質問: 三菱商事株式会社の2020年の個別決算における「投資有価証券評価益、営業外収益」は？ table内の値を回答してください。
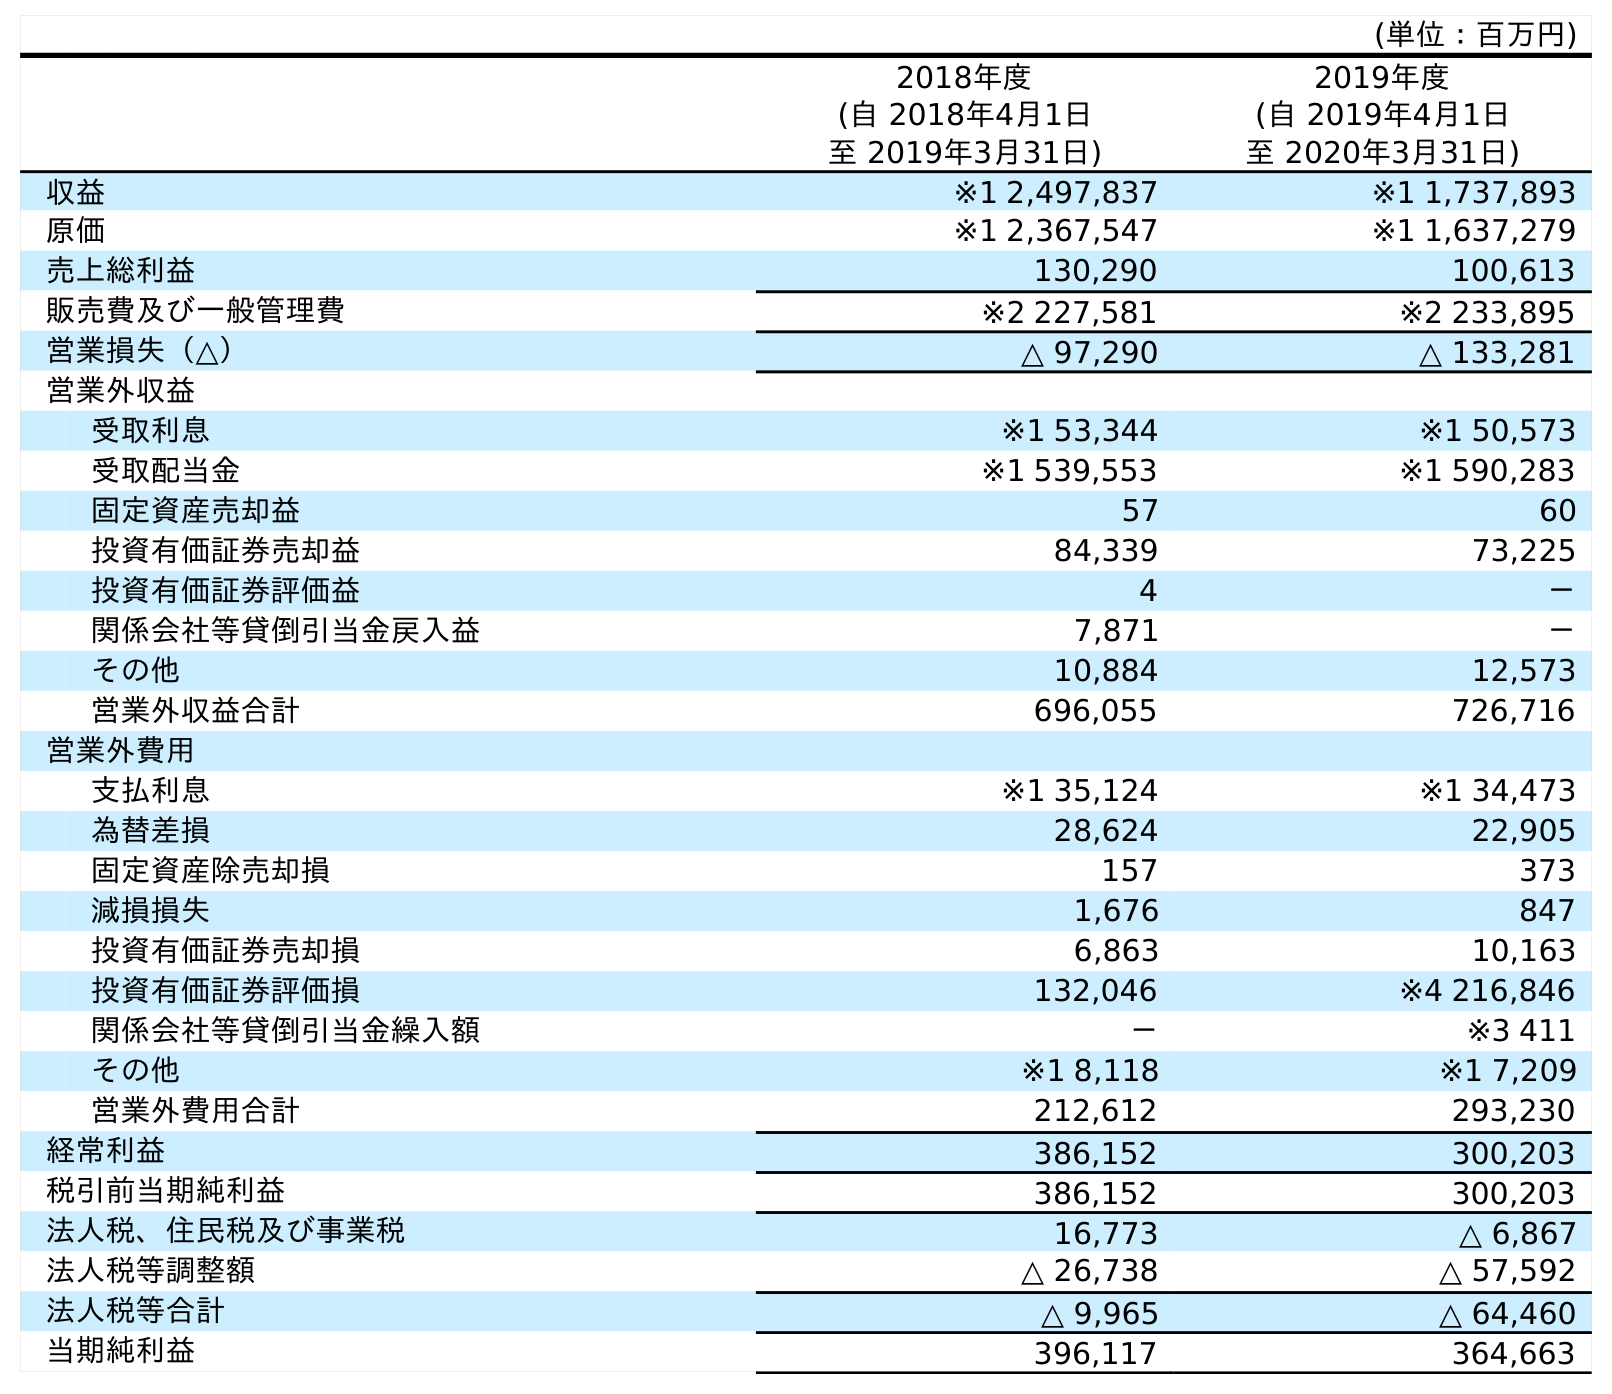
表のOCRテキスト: (単位：百万円) 2018年度 (自 2018年4月1日 至 2019年3月31日) 2019年度 (自 2019年4月1日 至 2020年3月31日) 収益 ※1 2,497,837 ※1 1,737,893 原価 ※1 2,367,547 ※1 1,637,279 売上総利益 130,290 100,613 販売費及び一般管理費 ※2 227,581 ※2 233,895 営業損失（△） △ 97,290 △ 133,281 営業外収益 受取利息 ※1 53,344 ※1 50,573 受取配当金 ※1 539,553 ※1 590,283 固定資産売却益 57 60 投資有価証券売却益 84,339 73,225 投資有価証券評価益 4 － 関係会社等貸倒引当金戻入益 7,871 － その他 10,884 12,573 営業外収益合計 696,055 726,716 営業外費用 支払利息 ※1 35,124 ※1 34,473 為替差損 28,624 22,905 固定資産除売却損 157 373 減損損失 1,676 847 投資有価証券売却損 6,863 10,163 投資有価証券評価損 132,046 ※4 216,846 関係会社等貸倒引当金繰入額 － ※3 411 その他 ※1 8,118 ※1 7,209 営業外費用合計 212,612 293,230 経常利益 386,152 300,203 税引前当期純利益 386,152 300,203 法人税、住民税及び事業税 16,773 △ 6,867 法人税等調整額 △ 26,738 △ 57,592 法人税等合計 △ 9,965 △ 64,460 当期純利益 396,117 364,663
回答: －